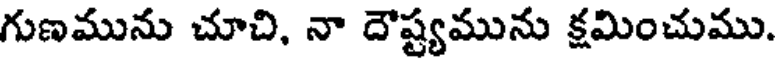
గుణమును చూచి, నా దౌష్ట్యమును క్షమించుము.